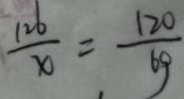
\frac { 1 2 6 } { x } = \frac { 1 2 0 } { 6 9 }